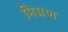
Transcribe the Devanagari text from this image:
मिस्रण